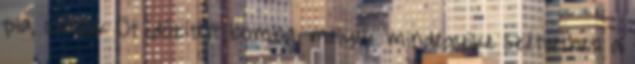
pia, csajok Öt időzített bomba, melyek mindegyike szétvetheti a